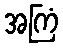
အကြံ